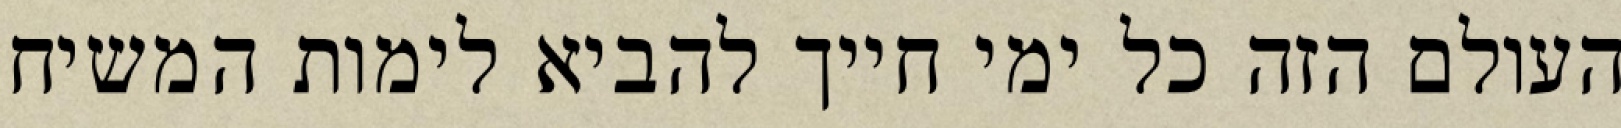
העולם הזה כל ימי חייך להביא לימות המשיח